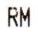
RM